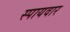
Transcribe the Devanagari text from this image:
स्पायवार